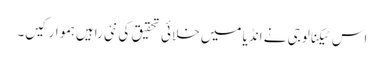
اس ٹیکنالوجی نے انڈیا میں خلائی تحقیق کی نئی راہیں ہموار کیں۔